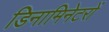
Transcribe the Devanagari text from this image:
डिनामिनेटरों